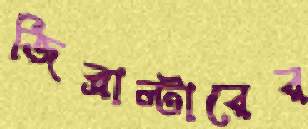
জিব্রাল্টারের